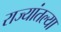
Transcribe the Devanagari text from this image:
राज्यांतल्या